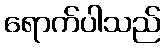
ရောက်ပါသည်